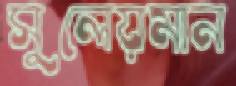
সুলেয়মান